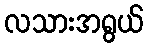
လသားအရွယ်